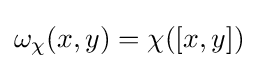
\omega _{\chi }(x,y)=\chi ([x,y])